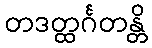
တဒတ္ထင်္ဂတန္တိ